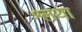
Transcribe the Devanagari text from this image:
श्लथा